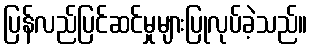
ပြန်လည်ပြင်ဆင်မှုများပြုလုပ်ခဲ့သည်။